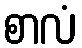
စာလံ